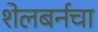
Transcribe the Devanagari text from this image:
शेलबर्नचा